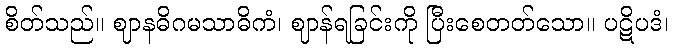
စိတ်သည်။ ဈာနဓိဂမသာဓိကံ၊ ဈာန်ရခြင်းကို ပြီးစေတတ်သော။ ပဋိပဒံ၊